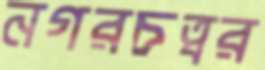
নগরচত্বর